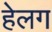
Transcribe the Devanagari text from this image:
हेलग